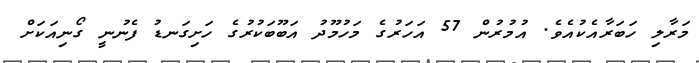
މަރާލި ހަބަރާއެކުއެވެ. އުމުރުން 57 އަހަރުގެ މަހުމޫދު އަބޫބަކުރުގެ ހަށިގަނޑު ފެނުނީ ގޯނިއަކަށް